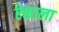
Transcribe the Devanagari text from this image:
ऐकाला